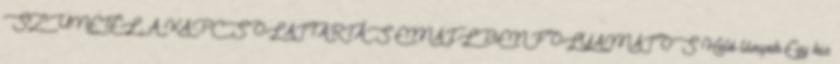
SZÜNETEL, A KAPCSOLATTARTÁS EMAILBEN FOLYAMATOS Heló lányok Egy kis